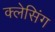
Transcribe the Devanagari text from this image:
क्लेसिंग